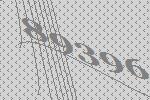
89396